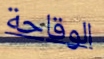
الوقاحة